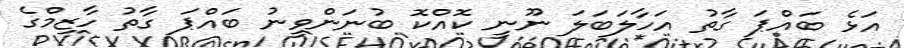
އަޅެ ބައްޕަ ގާތު އަހާލަބަލަ ނޫނީ ކޮއްކޮ ބުނަންވީނު ބައްޕަ ގާތު ހާޒިމްގެ